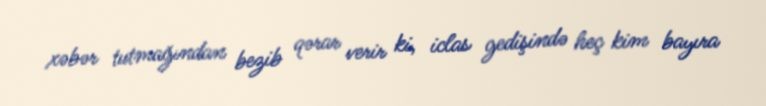
xəbər tutmağından bezib qərar verir ki, iclas gedişində heç kim bayıra